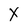
Character: X